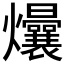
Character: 𬋟